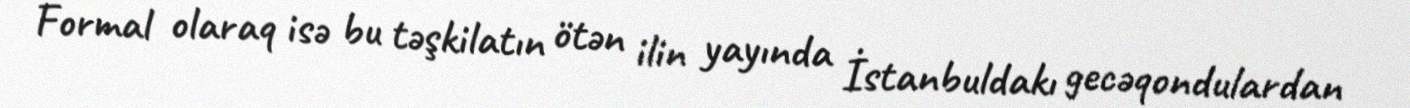
Formal olaraq isə bu təşkilatın ötən ilin yayında İstanbuldakı gecəqondulardan